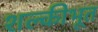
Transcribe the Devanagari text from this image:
शल्कीभूत